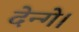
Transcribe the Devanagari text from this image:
देन्गे।